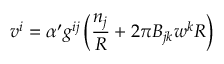
v ^ { i } = \alpha ^ { \prime } g ^ { i j } \left( \frac { n _ { j } } { R } + 2 \pi B _ { j k } w ^ { k } R \right)